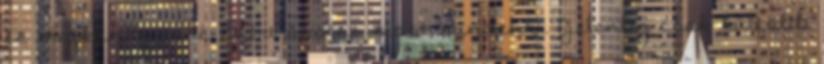
ez megkönnyítené. Ezért óvatos most mindenki. Jelenleg csak külföldi